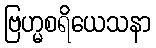
ဗြဟ္မစရိယေသနာ